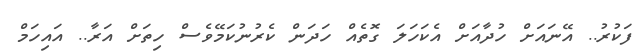
ފަކުރު.. އޭނައަށް ހުދާއަށް އެކަހަލަ ގޮތެއް ހަދަން ކެރުނުކަމޭވެސް ހިތަށް އަރާ.. އައިހަމް